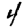
Digit: 4